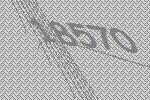
18570